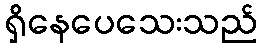
ရှိနေပေသေးသည်